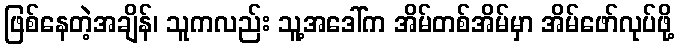
ဖြစ်နေတဲ့အချိန်၊ သူကလည်း သူ့အဒေါ်က အိမ်တစ်အိမ်မှာ အိမ်ဖော်လုပ်ဖို့